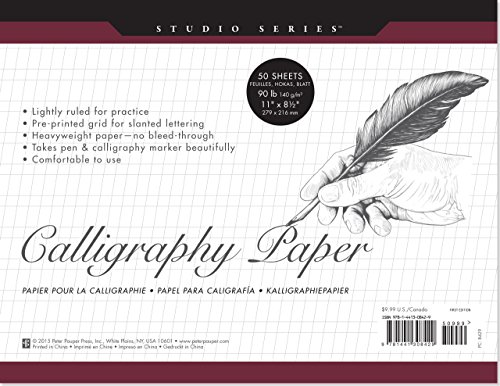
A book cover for Studio Series Calligraphy Paper Pad (set of 50 heavyweight sheets); Peter Pauper Press; Arts & Photography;